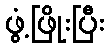
ဖွံ့ဖြိုးပြီး